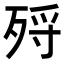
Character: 𣨅